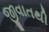
જીવાતથી